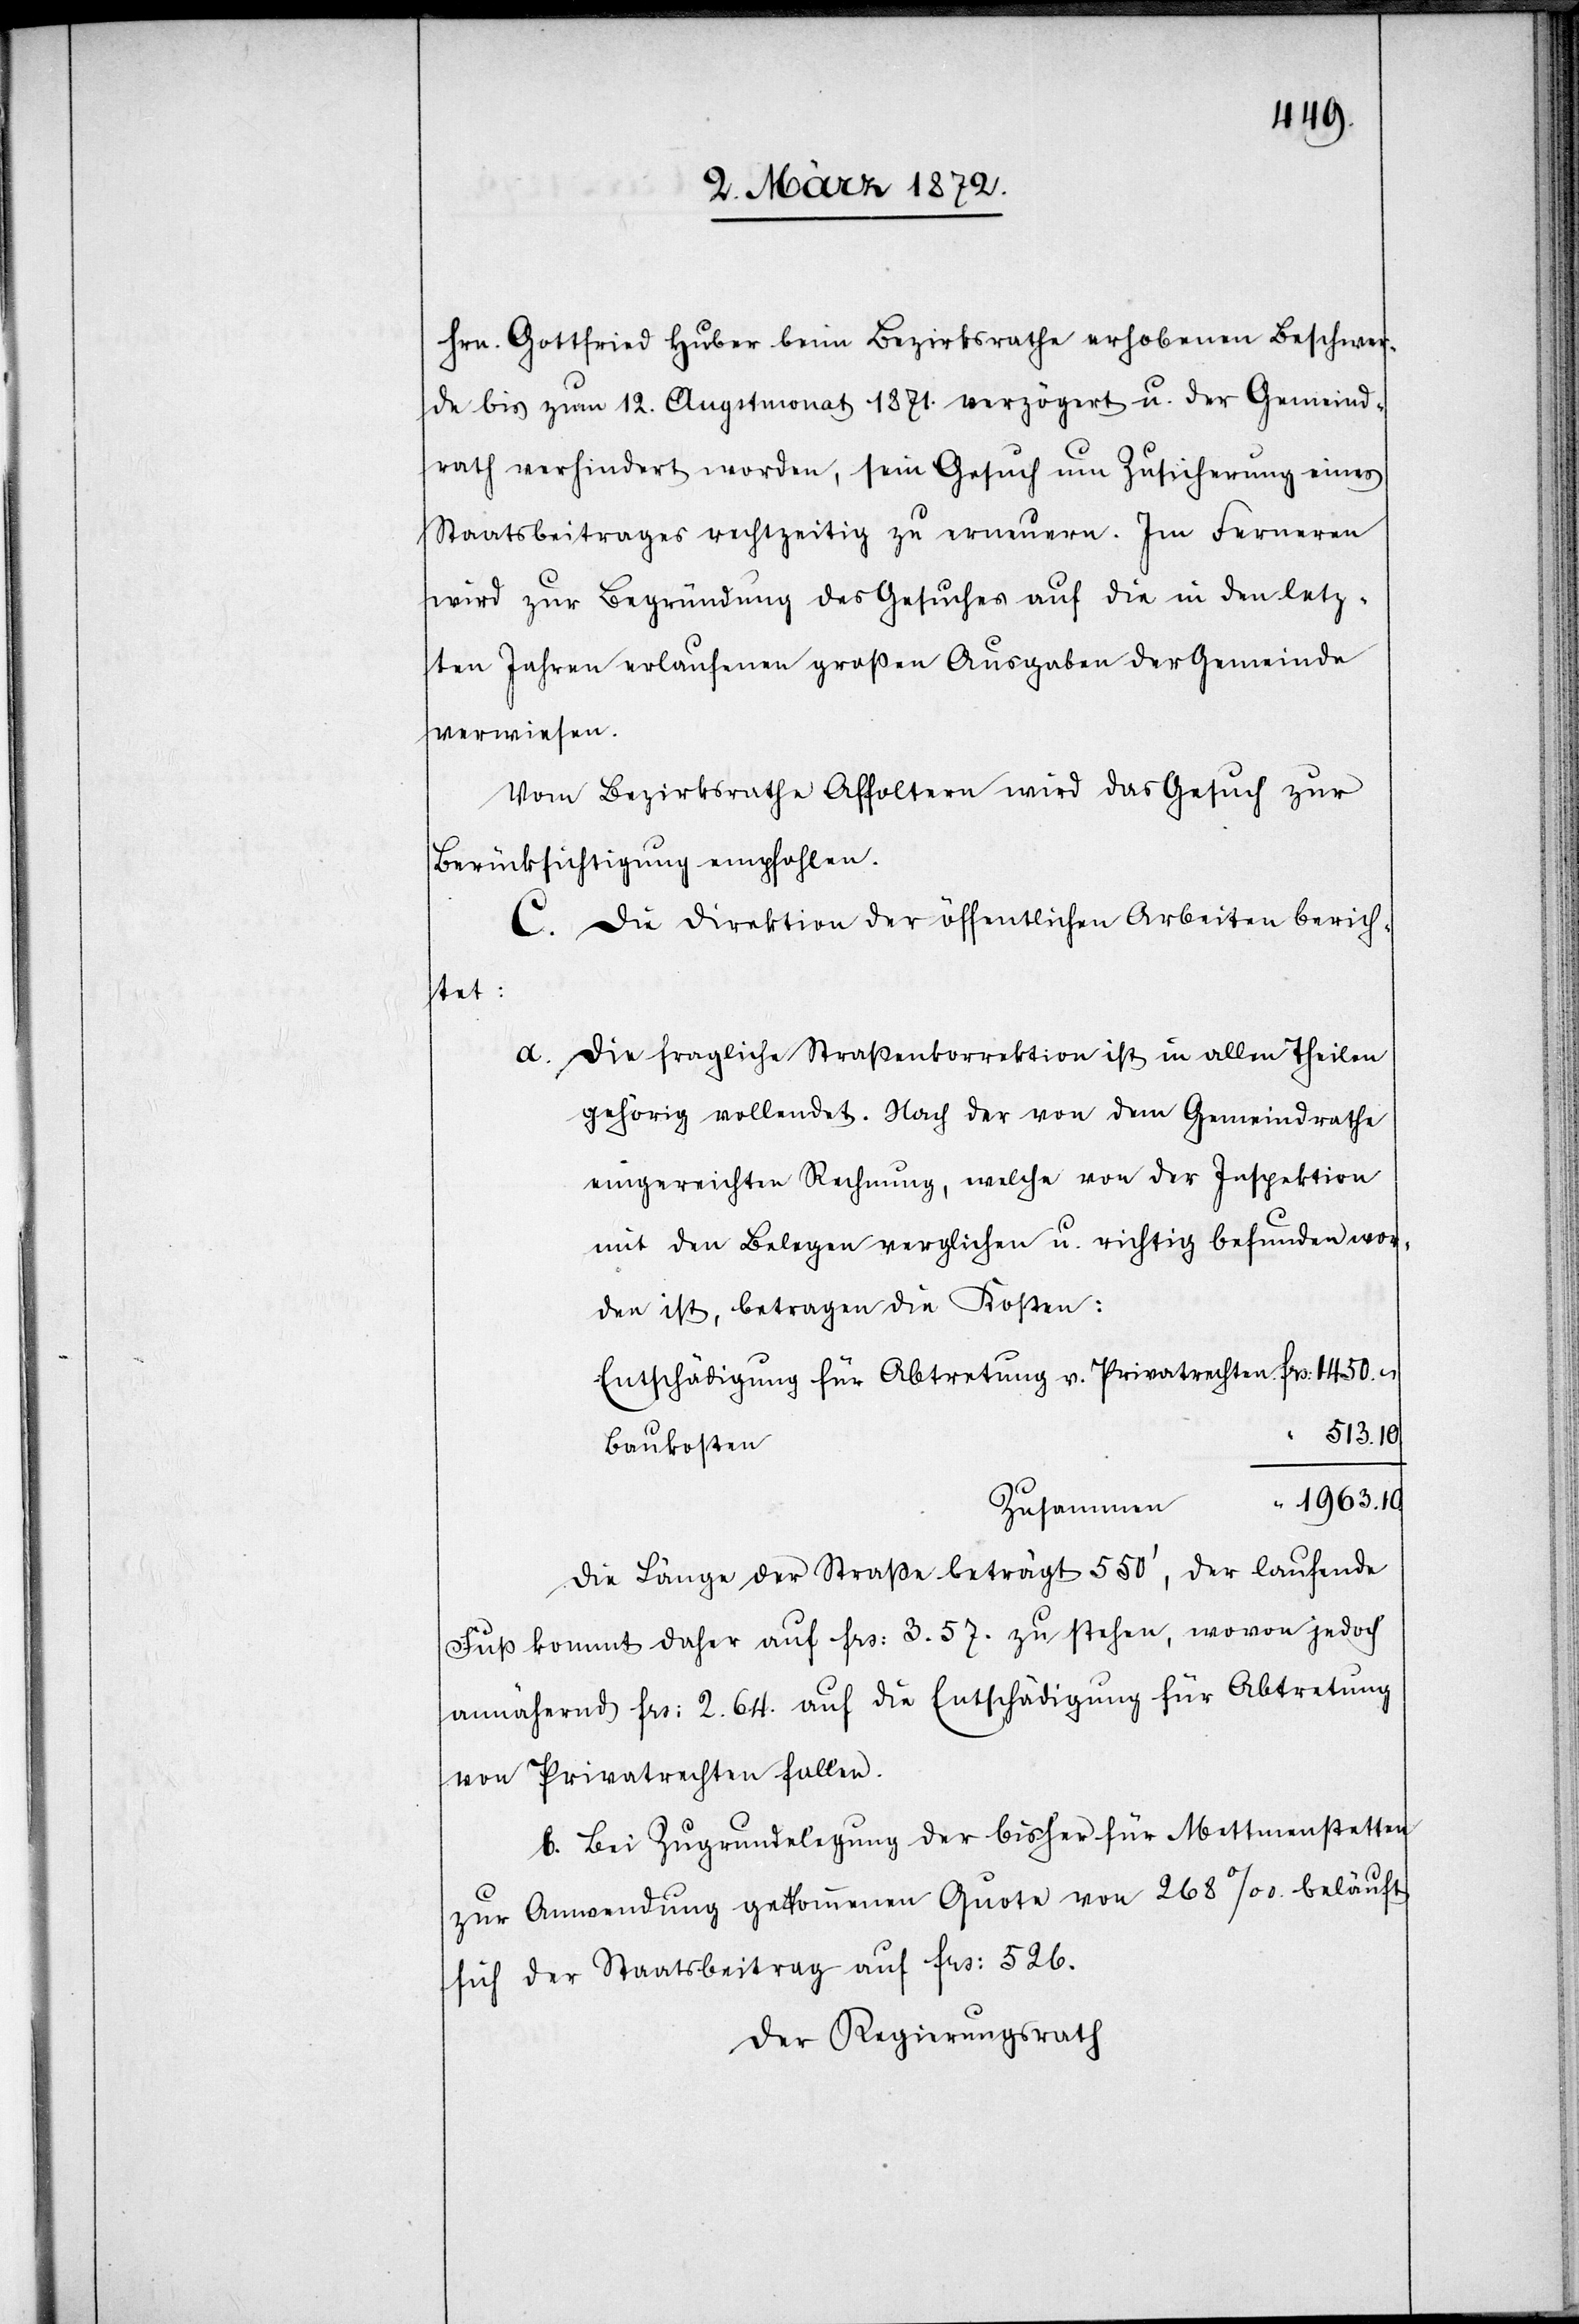
1450.
Hrn. Gottfried Huber beim Bezirksrathe erhobenen Beschwer¬
de bis zum 12. Augustmonat 1871. verzögert u. der Gemeind¬
rath verhindert worden, sein Gesuch um Zusicherung eines
Staatsbeitrages rechtzeitig zu erneuern. Im Ferneren
wird zur Begründung des Gesuches auf die in den letz¬
ten Jahren erlaufenen großen Ausgaben der Gemeinde
verwiesen.
Vom Bezirksrathe Affoltern wird das Gesuch zur
Berücksichtigung empfohlen.
C. Die Direktion der öffentlichen Arbeiten berich¬
tet:
a. Die fragliche Straßenkorrektion ist in allen Theilen
gehörig vollendet. Nach der von dem Gemeindrathe
eingereichten Rechnung, welche von der Inspektion
mit den Belegen verglichen u. richtig befunden wor¬
den ist, betragen die Kosten:
Entschädigung für Abtretung v. Privatrechten
513.10
Baukosten
“ 1963.10
Zusammen
Die Länge der Straße beträgt 550’, der laufende
Fuß kommt daher auf frs. 3.57. zu stehen, wovon jedoch
annähernd frs. 2.64. auf die Entschädigung für Abtretung
von Privatrechten fallen.
b. Bei Zugrundelegung der bisher für Mettmenstetten
zur Anwendung gekommenen Quote von 268‰ beläuft
sich der Staatsbeitrag auf frs. 526.
Der Regierungsrath